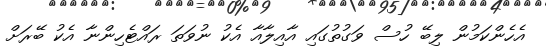
އެހެންކަމުން ލިބޭ ހުސް ވަގުތުގައި އާއިލާއާ އެކު ނުވަތަ ރައްޓެހިންނާ އެކު ބޭރަށް